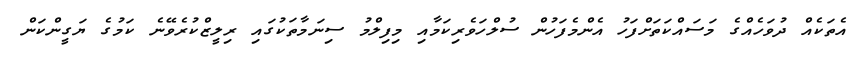
އެތަކެއް ދުވަހެއްގެ މަސައްކަތަށްފަހު އެންމެފަހުން ސުލްހަވެރިކަމާއި މިފިލްމު ސިނަމާތަކުގައި ރިލީޒްކުރެވޭނެ ކަމުގެ ޔަގީންކަން